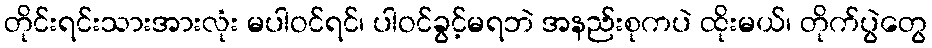
တိုင်းရင်းသားအားလုံး မပါဝင်ရင်၊ ပါဝင်ခွင့်မရဘဲ အနည်းစုကပဲ ထိုးမယ်၊ တိုက်ပွဲတွေ